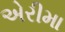
એરીમા